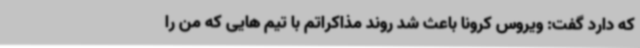
که دارد گفت: ویروس کرونا باعث شد روند مذاکراتم با تیم هایی که من را